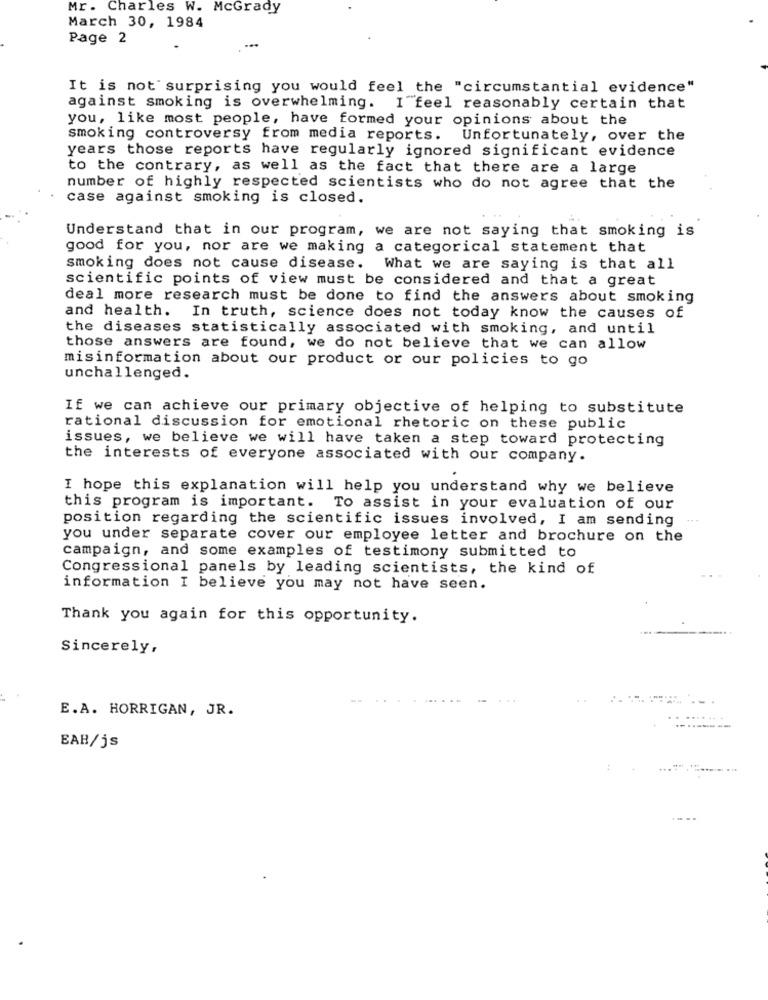
Mr. Charles W. McGrady
March 30, 1984
Page 2
It is not surprising you would feel the "circumstantial evidence"
against smoking is overwhelming. I feel reasonably certain that
you, like most people, have formed your opinions about the
smoking controversy from media reports. Unfortunately, over the
years those reports have regularly ignored significant evidence
to the contrary, as well as the fact that there are a large
number of highly respected scientists who do not agree that the
case against smoking is closed.
Understand that in our program, we are not saying that smoking is
good for you, nor are we making a categorical statement that
smoking does not cause disease.
What we are saying is that all
scientific points of view must be considered and that a great
deal more research must be done to find the answers about smoking
and health. In truth, science does not today know the causes of
the diseases statistically associated with smoking, and until
those answers are found, we do not believe that we can allow
misinformation about our product or our policies to go
unchallenged.
If we can achieve our primary objective of helping to substitute
rational discussion for emotional rhetoric on these public
issues, we believe we will have taken a step toward protecting
the interests of everyone associated with our company.
I hope this explanation will help you understand why we believe
this program is important. To assist in your evaluation of our
position regarding the scientific issues involved, I am sending
you under separate cover our employee letter and brochure on the
campaign, and some examples of testimony submitted to
Congressional panels by leading scientists, the kind of
information I believe you may not have seen.
Thank you again for this opportunity.
Sincerely,
E.A. HORRIGAN, JR.
EAB/js